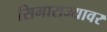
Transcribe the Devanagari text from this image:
सिमाराज्यावर